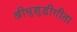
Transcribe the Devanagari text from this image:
श्रीभुशुडीगीता